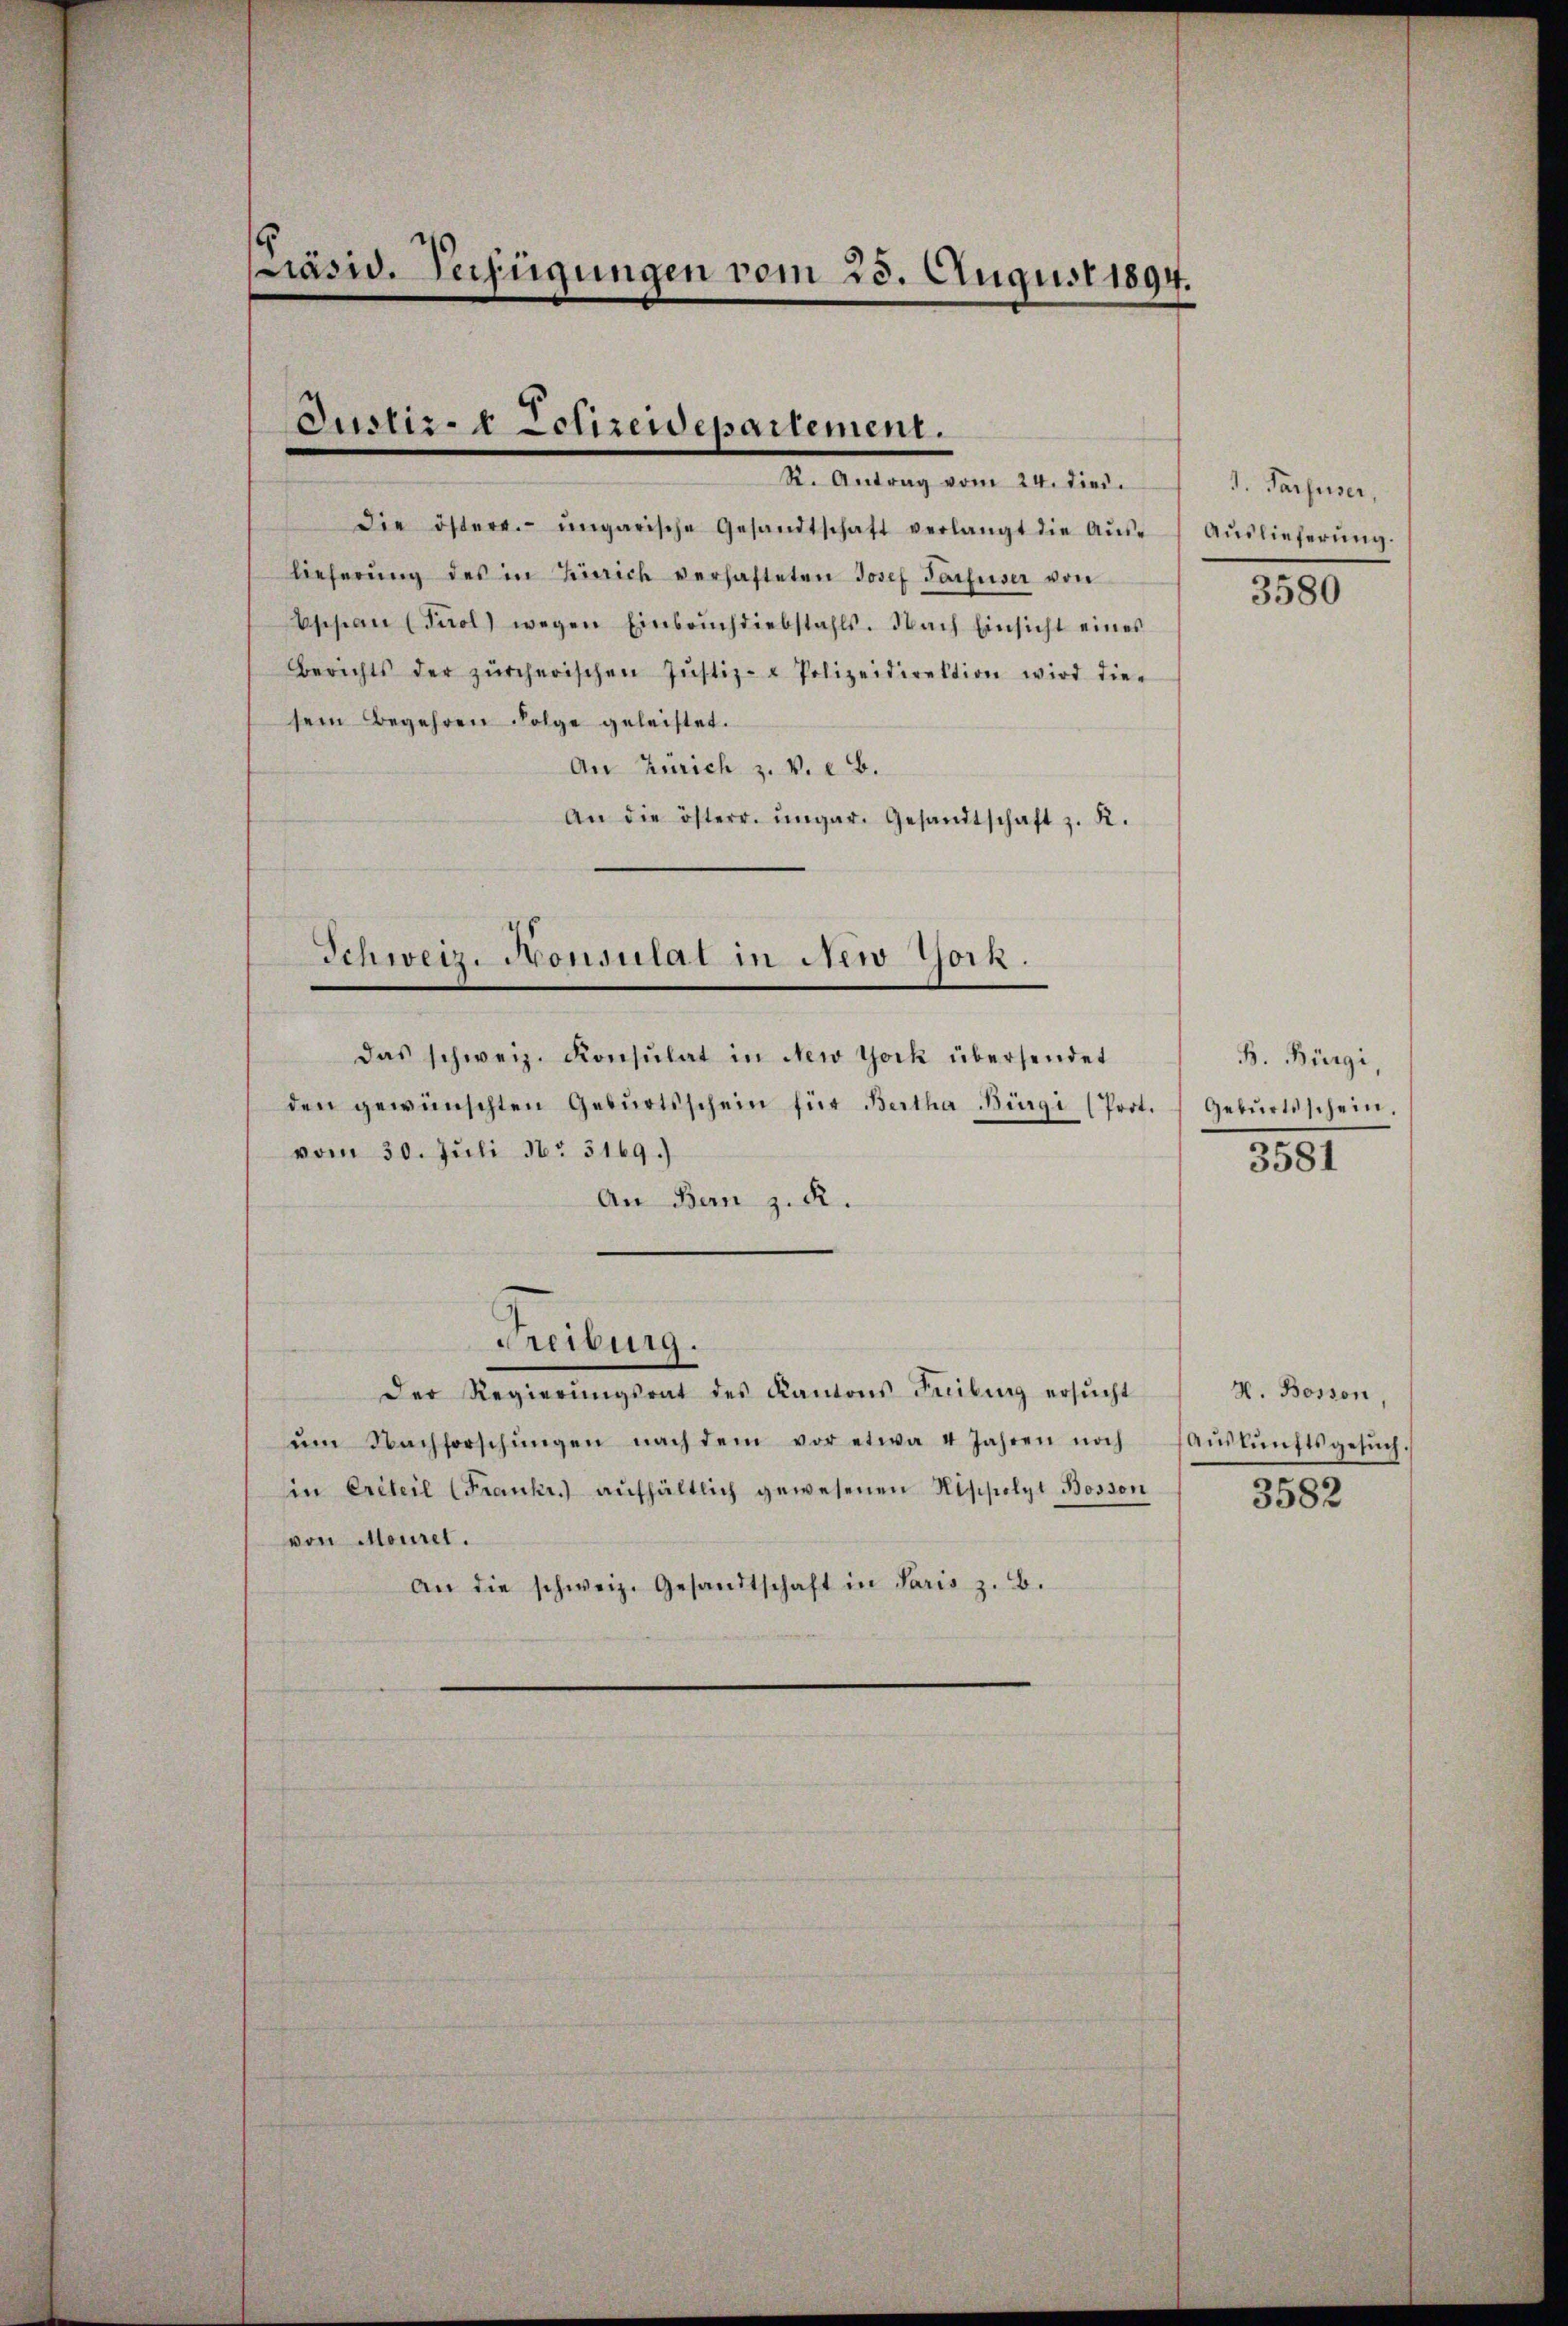
präsid. Verfügungen vom 23. August 1894.

Justiz- Ectirerepartement.
R. Antrag vom 24. dies

die östere ungarische Gesandtschaft verlangt die Aŭs-
lieferŭng des in Zürich verhafteten Josef Tarfuser von
Eppan (Fiol) wegen Einbrüchdiebstahls. Nach Einsicht eines
Berichts der zürcherischen Jŭstiz- & Polizeidirektion wird die-
sem Begehren Folge geleistet.
An Zürich z. V. B.
An die österr. ungar. Gesandtschaft z. R.

Schweiz. Konsulat in New York.

das schweiz. Konsulat in New York übersendet
den gewünschten Gebŭrtsschein für Bertha Bürgi (Prot. Gebŭrtsschein.
vom 30. Juli No 3169.)
An Bern z. R.
Der Regierŭngsrat des Kantons Freiburg ersŭcht
ŭm Nachforschŭngen nach dem vor etwa 4 Jahren noch (Aŭskŭnftsgesŭch.
in Erteil (Frankr. aŭfhältlich gewesenen Nippolyt Bosson 3582
von Maurer.
an die schweiz. Gesandtschaft in Paris z. B.

Freiburg.

1. Pariser,
Auslieferung.

3580

B. Bürgi,

3581

H. Bosson,